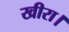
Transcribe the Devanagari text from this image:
खीरा।